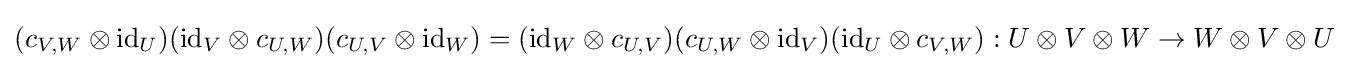
(c_{V,W}\otimes \mathrm {id} _{U})(\mathrm {id} _{V}\otimes c_{U,W})(c_{U,V}\otimes \mathrm {id} _{W})=(\mathrm {id} _{W}\otimes c_{U,V})(c_{U,W}\otimes \mathrm {id} _{V})(\mathrm {id} _{U}\otimes c_{V,W}):U\otimes V\otimes W\to W\otimes V\otimes U